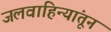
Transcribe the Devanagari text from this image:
जलवाहिन्यांतून